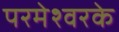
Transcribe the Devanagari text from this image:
परमेश्वरके